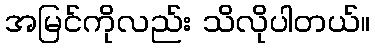
အမြင်ကိုလည်း သိလိုပါတယ်။